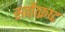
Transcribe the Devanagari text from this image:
सर्वोत्‍क्रष्‍ट